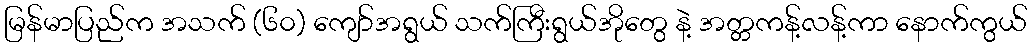
မြန်မာပြည်က အသက် (၆၀) ကျော်အရွယ် သက်ကြီးရွယ်အိုတွေ နဲ့ အတ္တကန့်လန့်ကာ နောက်ကွယ်